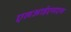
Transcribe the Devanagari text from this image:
एलआईएसएस